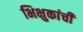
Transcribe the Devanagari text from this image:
भिक्षुकांची